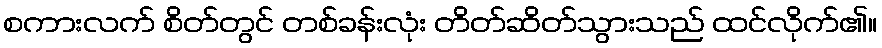
စကားလက် စိတ်တွင် တစ်ခန်းလုံး တိတ်ဆိတ်သွားသည် ထင်လိုက်၏။